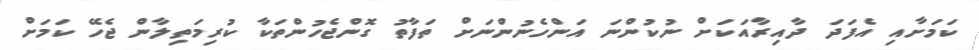
ކަމަށާއި އެފަދަ ދާއިރާއަކަށް ނުކުންނަ އަންހެނުންނަށް ތަފާތު ގޮންޖެހުންތަކާ ކުރިމަތިލާން ޖެހޭ ކަމަށް